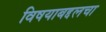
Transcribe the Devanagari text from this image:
विषयाबद्दलचा